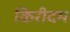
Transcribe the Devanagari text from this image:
किरीदम